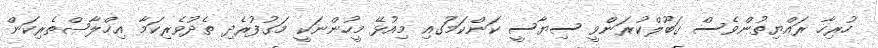
ހުރިހާ ރައްޔިތުންވެސް ގަބޫލްކުރަންވީ ސިޔާސީ ކަންކަމުަގއި މިއުޅޭ މީހުންނަކީ މަގުފުރެދި ތެދުވެރިކަމާ އިޚްލާޞްތެރިކަން